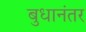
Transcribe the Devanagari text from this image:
बुधानंतर